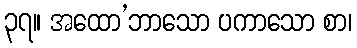
၃၇။ အထော’ဘာသော ပကာသော စာ၊